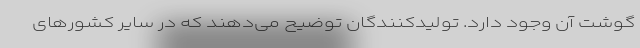
گوشت آن وجود دارد. تولیدکنندگان توضیح می‌دهند که در سایر کشور‌های